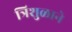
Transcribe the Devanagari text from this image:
त्रिशुळाने